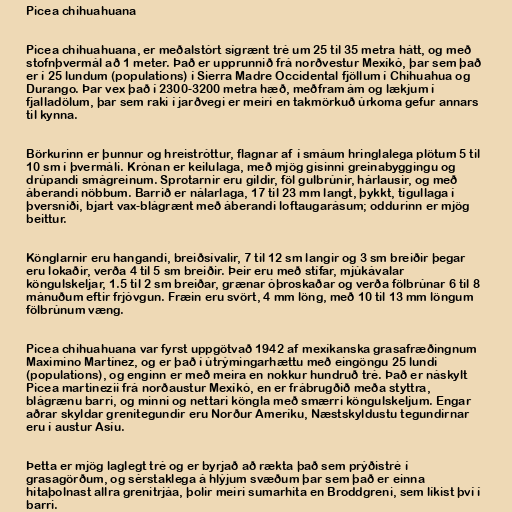
Picea chihuahuana

Picea chihuahuana, er meðalstórt sígrænt tré um 25 til 35 metra hátt, og með
stofnþvermál að 1 meter. Það er upprunnið frá norðvestur Mexíkó, þar sem það
er í 25 lundum (populations) í Sierra Madre Occidental fjöllum í Chihuahua og
Durango. Þar vex það í 2300-3200 metra hæð, meðfram ám og lækjum í
fjalladölum, þar sem raki í jarðvegi er meiri en takmörkuð úrkoma gefur annars
til kynna.

Börkurinn er þunnur og hreistróttur, flagnar af í smáum hringlalega plötum 5 til
10 sm í þvermáli. Krónan er keilulaga, með mjög gisinni greinabyggingu og
drúpandi smágreinum. Sprotarnir eru gildir, föl gulbrúnir, hárlausir, og með
áberandi nöbbum. Barrið er nálarlaga, 17 til 23 mm langt, þykkt, tígullaga í
þversniði, bjart vax-blágrænt með áberandi loftaugarásum; oddurinn er mjög
beittur.

Könglarnir eru hangandi, breiðsívalir, 7 til 12 sm langir og 3 sm breiðir þegar
eru lokaðir, verða 4 til 5 sm breiðir. Þeir eru með stífar, mjúkávalar
köngulskeljar, 1.5 til 2 sm breiðar, grænar óþroskaðar og verða fölbrúnar 6 til 8
mánuðum eftir frjóvgun. Fræin eru svört, 4 mm löng, með 10 til 13 mm löngum
fölbrúnum væng.

Picea chihuahuana var fyrst uppgötvað 1942 af mexíkanska grasafræðingnum
Maximino Martínez, og er það í útrýmingarhættu með eingöngu 25 lundi
(populations), og enginn er með meira en nokkur hundruð tré. Það er náskylt
Picea martinezii frá norðaustur Mexíkó, en er frábrugðið meða styttra,
blágrænu barri, og minni og nettari köngla með smærri köngulskeljum. Engar
aðrar skyldar grenitegundir eru Norður Ameríku, Næstskyldustu tegundirnar
eru í austur Asíu.

Þetta er mjög laglegt tré og er byrjað að rækta það sem prýðistré í
grasagörðum, og sérstaklega á hlýjum svæðum þar sem það er einna
hitaþolnast allra grenitrjáa, þolir meiri sumarhita en Broddgreni, sem líkist því í
barri.